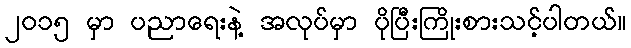
၂၀၁၅ မှာ ပညာရေးနဲ့ အလုပ်မှာ ပိုပြီးကြိုးစားသင့်ပါတယ်။